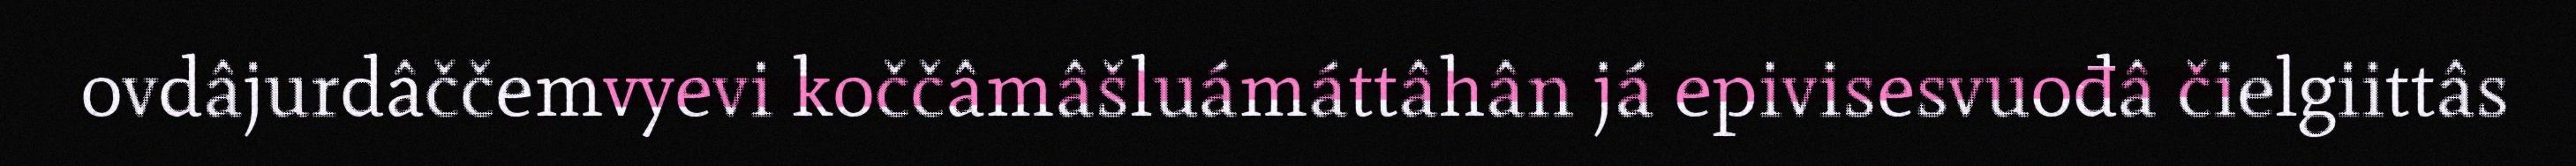
ovdâjurdâččemvyevi koččâmâšluámáttâhân já epivisesvuođâ čielgiittâs